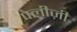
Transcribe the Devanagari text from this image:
पलीज़ी